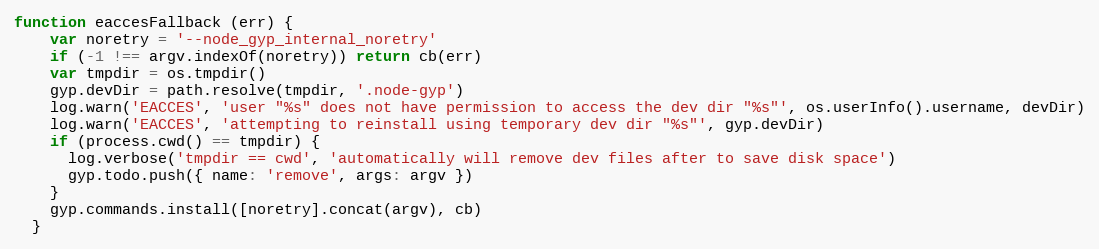
Language: JavaScript
function eaccesFallback (err) {
    var noretry = '--node_gyp_internal_noretry'
    if (-1 !== argv.indexOf(noretry)) return cb(err)
    var tmpdir = os.tmpdir()
    gyp.devDir = path.resolve(tmpdir, '.node-gyp')
    log.warn('EACCES', 'user "%s" does not have permission to access the dev dir "%s"', os.userInfo().username, devDir)
    log.warn('EACCES', 'attempting to reinstall using temporary dev dir "%s"', gyp.devDir)
    if (process.cwd() == tmpdir) {
      log.verbose('tmpdir == cwd', 'automatically will remove dev files after to save disk space')
      gyp.todo.push({ name: 'remove', args: argv })
    }
    gyp.commands.install([noretry].concat(argv), cb)
  }